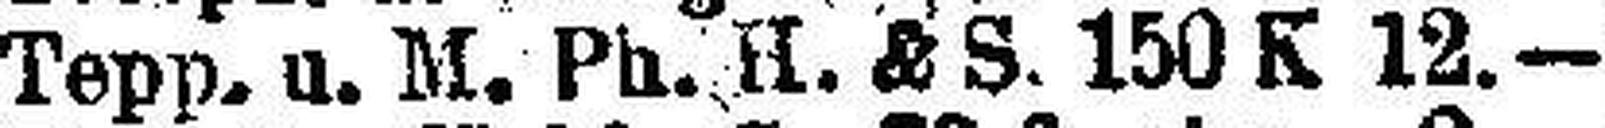
Tepp. u. M. Ph. H. & S. 150 K 12.—